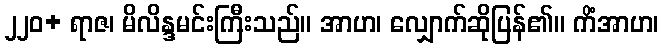
၂၂၀+ ရာဇ၊ မိလိန္ဒမင်းကြီးသည်။ အာဟ၊ လျှောက်ဆိုပြန်၏။ ကိံအာဟ၊